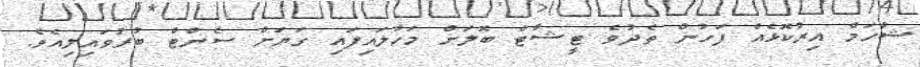
ޝާހަމް އިރުކޮޅެއް ފަހުން ތެދުވެ ޓީޝާޓް ބޮލަށް މަހާލައިފައި ގަޔަށް ސެންޓް ބުރުވައިލިއެވެ.